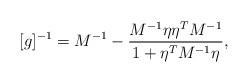
LaTeX: \begin{align*}[g]^{-1} = M^{-1} - \frac{M^{-1}\eta\eta^TM^{-1}}{1+\eta^T M^{-1}\eta},\end{align*}